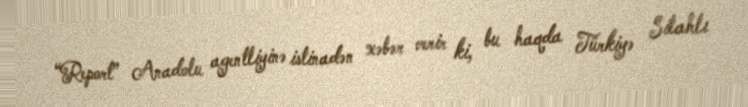
“Report” Anadolu agentliyinə istinadən xəbər verir ki, bu haqda Türkiyə Silahlı